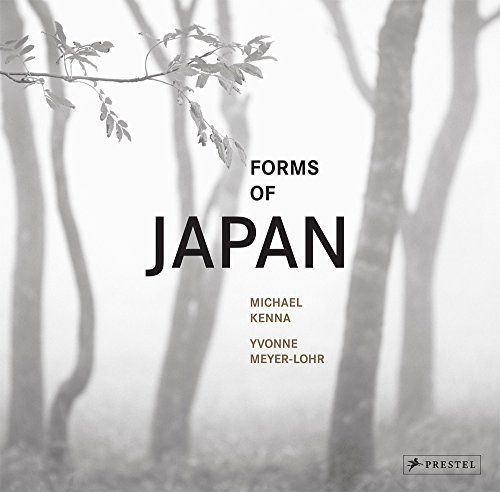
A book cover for Forms of Japan: Michael Kenna; Yvonne Meyer-Lohr; Arts & Photography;